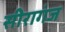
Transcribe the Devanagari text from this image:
सीरागंज